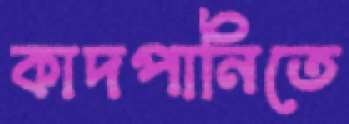
কাদপানিতে